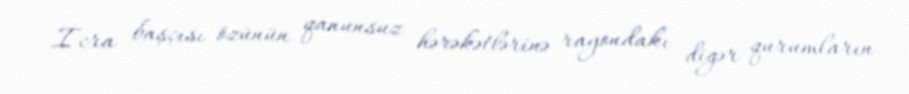
İcra başçısı özünün qanunsuz hərəkətlərinə rayondakı digər qurumların